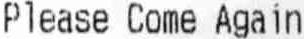
PLEASE COME AGAIN